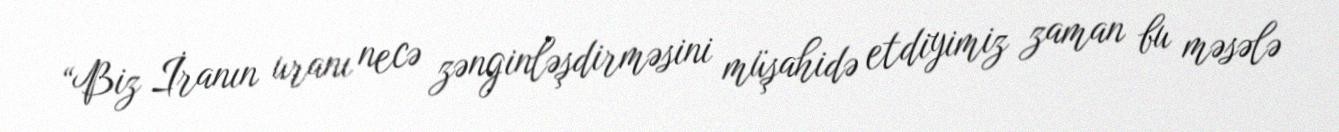
“Biz İranın uranı necə zənginləşdirməsini müşahidə etdiyimiz zaman bu məsələ